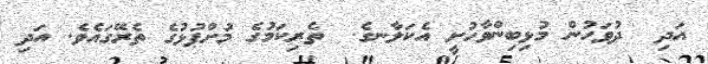
އަދި  ދުވަހުން މުޅިބިންވާހުށީ އެކަލާނގެ  ތެރިކަމުގެ މުށްޕުޅުގެ ތެރޭގައެވެ. އަދި